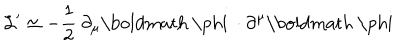
{ \cal { L } } ^ { \prime } \simeq - \frac { 1 } { 2 } ~ \partial _ { \mu } \mathrm { \boldmath ~ \ p h i ~ } \cdot \partial ^ { \mu } \mathrm { \boldmath ~ \ p h i ~ }